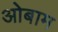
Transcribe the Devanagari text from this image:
ओबाम